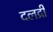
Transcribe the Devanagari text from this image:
दलद्री